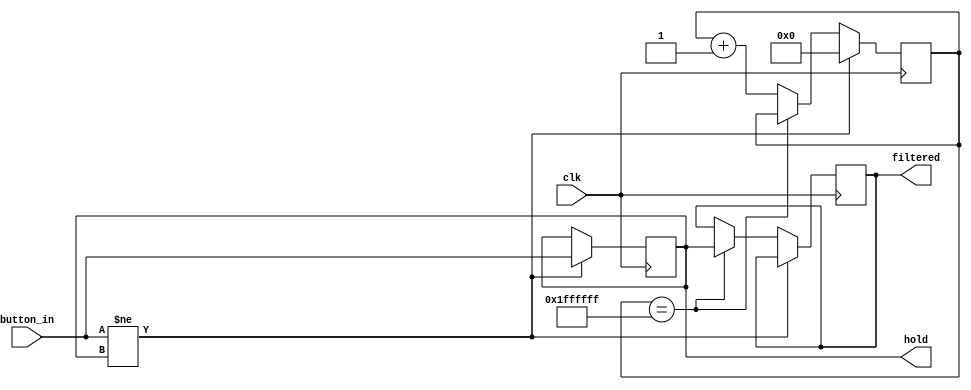
module Button_Filter(
   input clk, button_in, 
	output hold, filtered
	);
	
	reg [24:0] holdtime_c;
	reg hold, filtered;
	
	initial begin
		hold = 1'bx;
		filtered = 1'bx;
	end
	
	always @(posedge clk) begin
		if (button_in != hold) begin
			hold = button_in;
			holdtime_c = 0;
		end
		else if (holdtime_c == 25'b1111111111111111111111111)
			filtered = hold;
		else 
			holdtime_c = holdtime_c + 1;
	end
	
endmodule